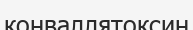
конваллятоксин